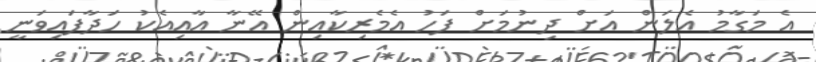
އެ މަގާމު އެލަން އަށް ދިނުމަށް ފަހު އެމެރިކާއިން އޭނާ އާއިއެކު ހަދާފައިވަނީ